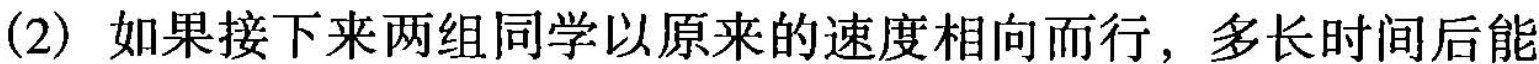
(2)如果接下来两组同学以原来的速度相向而行，多长时间后能